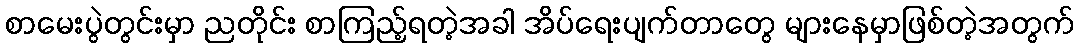
စာမေးပွဲတွင်းမှာ ညတိုင်း စာကြည့်ရတဲ့အခါ အိပ်ရေးပျက်တာတွေ များနေမှာဖြစ်တဲ့အတွက်